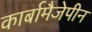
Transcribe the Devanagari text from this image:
कार्बामैजेपीन